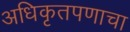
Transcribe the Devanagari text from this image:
अधिकृतपणाचा